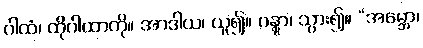
ဂါထံ၊ ထိုဂါထာကို။ အာဒါယ၊ ယူ၍။ ဂန္တွာ၊ သွား၍။ “အမ္ဘော၊